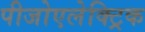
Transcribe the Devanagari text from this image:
पीजोएलेक्ट्रिक